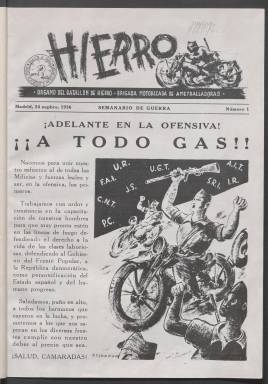
Título: Hierro (Madrid)
Colección: Guerra civil
Ámbito geográfico: Madrid
Lugar de publicación: Madrid
Fechas: 24/09/1936-26/06/1937